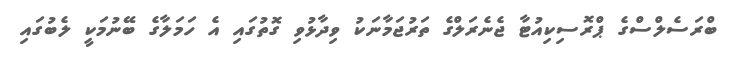
ބްރަސެލްސްގެ ޕްރޮސިކިއުޓާ ޖެނެރަލްގެ ތަރުޖަމާނަކު ވިދާޅުވި ގޮތުގައި އެ ހަމަލާގެ ބޭނުމަކީ ލެބުގައި